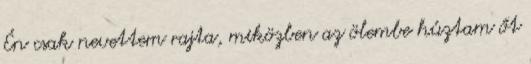
Én csak nevettem rajta, miközben az ölembe húztam őt